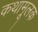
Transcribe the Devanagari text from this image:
कथामूलक